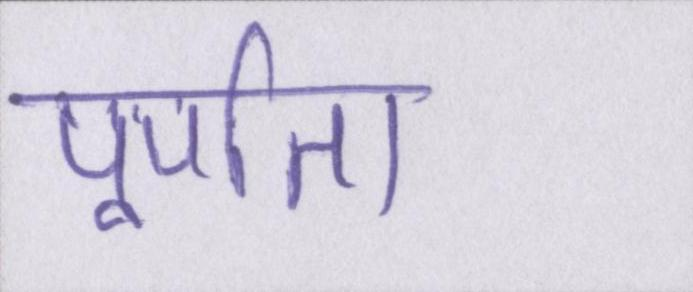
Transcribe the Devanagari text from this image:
पूर्णता